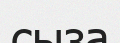
сыза